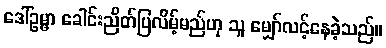
ဒေါ်ဥမ္မာ ခေါင်းညိတ်ပြလိမ့်မည်ဟု သူ မျှော်လင့်နေခဲ့သည်။